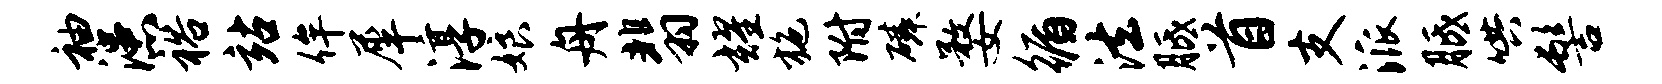
袖漶裕站侔犀淳娘舟翡耀施附磷婺循法胝首支派胝哄髻